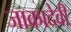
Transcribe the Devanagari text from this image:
जाकादेवी